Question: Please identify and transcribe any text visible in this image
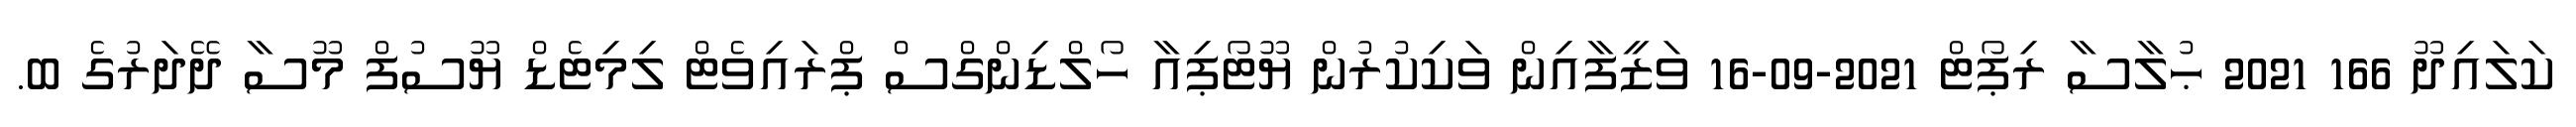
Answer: ކަލައިދޫ 166 2021 ޙުލާސާ ރިޕޯޓް 2021-09-16 ވަޒީފާއިން ވަކިކުރުން ޔޫޓޯޕިއާ ހޯލްޑިންގްސް ޕްރައިވެޓް ލިމިޓެޑް ޔޫސުފް މޫސާ ދޭދަރުގެ ބ.